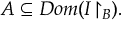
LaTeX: A \subseteq D o m ( I { \upharpoonright _ { B } } ) .